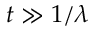
t \gg 1 / \lambda